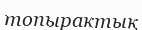
топырактық